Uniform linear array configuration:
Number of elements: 4
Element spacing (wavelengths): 0.25
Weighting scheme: binomial
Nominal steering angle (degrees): -60
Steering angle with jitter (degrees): -58.539
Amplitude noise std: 0.05
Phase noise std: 0.05

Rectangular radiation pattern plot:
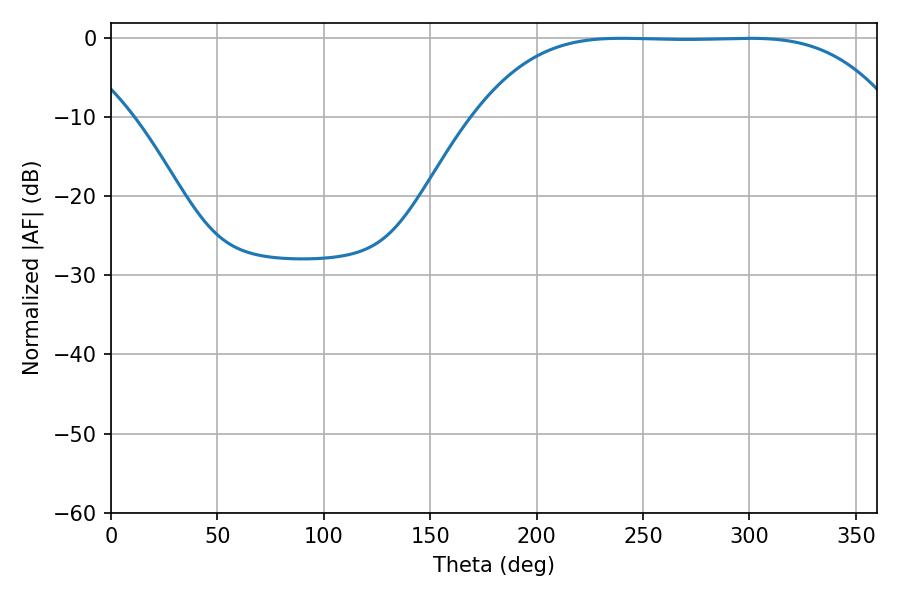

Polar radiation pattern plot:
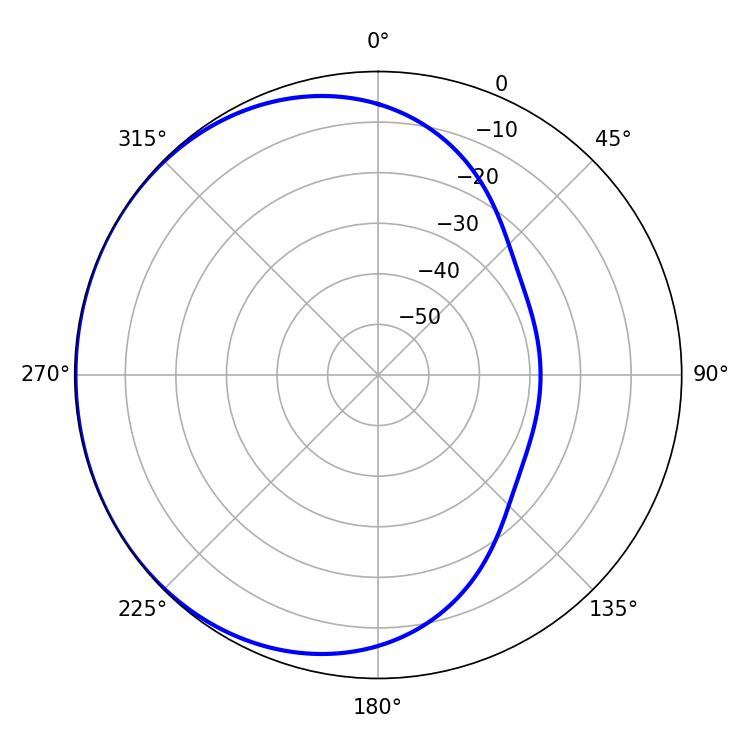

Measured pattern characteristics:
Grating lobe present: FALSE
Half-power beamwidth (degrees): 149.4
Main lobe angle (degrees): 240.12